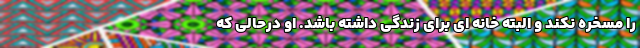
را مسخره نکند و البته خانه ای برای زندگی داشته باشد. او درحالی که